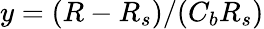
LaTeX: y=(R-R_{s})/(C_{b}R_{s})